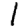
Digit: 1